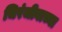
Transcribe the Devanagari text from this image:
चिरंजीवाच्या